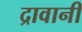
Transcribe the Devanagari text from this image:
द्रावानी